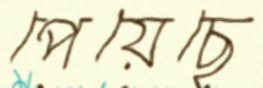
পেয়েছে